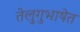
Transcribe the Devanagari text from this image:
तेलुगुभाषेत